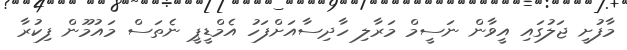
މާފުށީ ޖަލުގައި އީވާން ނަސީމް މަރާލި ހާދިސާއަށްފަހު އެމްޑީޕީ ނެތަސް މައުމޫން ފިކުރާ